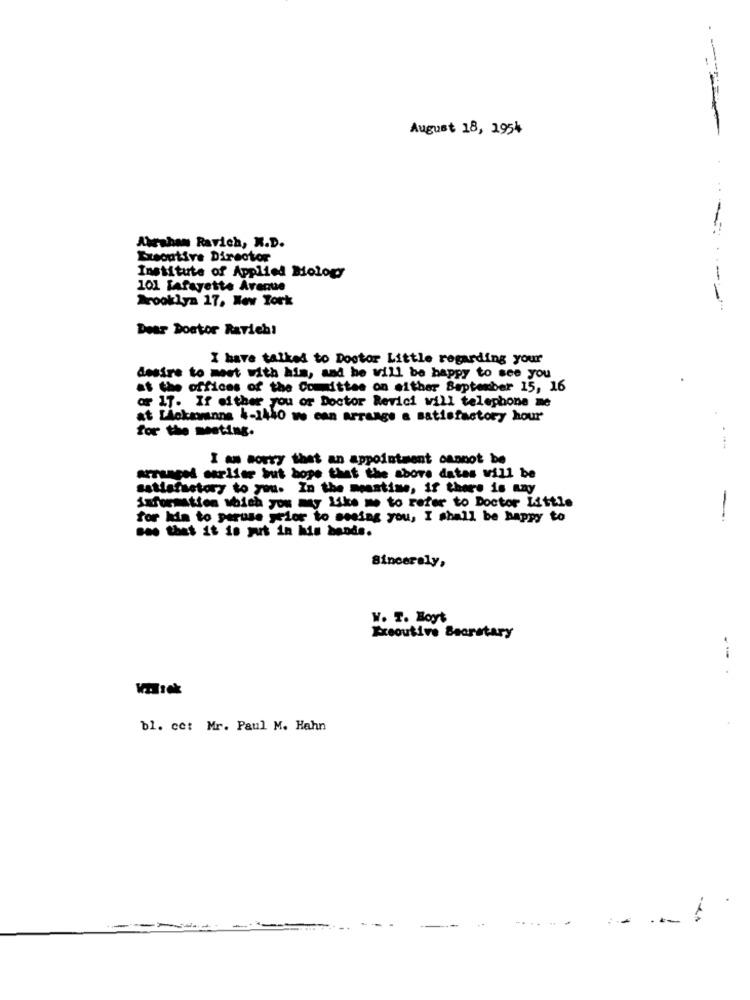
- --
August 18, 1954
Abraham Ravich, K.D.
Esoptive Director
Institute of Applied Mology
101 lafayette Avenue
Wcooklya 17. New York
----
Dear Doctor Ravieh!
I have talked to Doctor Little regarding your
desire to meet with him, and he will be happy to see you
at the offices of the Committee on either September 15, 16
or 17. If either you or Doctor Revici will telephone me
at Lickmanns 4-1440 we can arrange a satisfactory hour
for the meeting.
I am sorry that an appointment cannot be
arranged sarlfer but hope that the above dates will be
satisfactory to you. In the meantime, if there is any
oemstien which you my Like me to refer to Doctor Little
for him to peruse yelor to seeing you, I shall be happy to
-
Bas that it is put in his bende.
Sincerely,
W. T. Boyt
Executive Secretary
--
bl. cet Mr. Paul M. Hahn
-
--